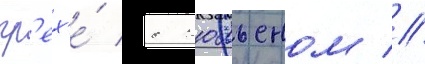
гр'ех'е́ с жюльеном //